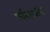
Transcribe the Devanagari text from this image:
पर्वतराजीचे